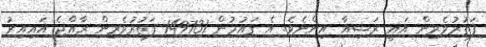
ފަތުރުވެރިން އައީ ރަޝިއާ އިންނެވެ. އެ ގައުމުން 149731 ފަތުރުވެރިން ރާއްޖެ އައިއިރު